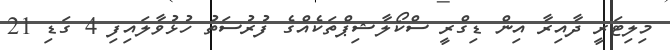
މިލިޓަރީ ދާއިރާ އިން ޑިގްރީ ސްކޯލާޝިޕްތަކެއްގެ ފުރުސަތު ހުޅުވާލައިފި 4 ގަޑި 21